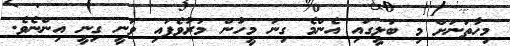
މިހާތަނަށް މި ބަލީގައި އެންމެ ގިނަ މީހުން މަރުވެފައި ވަނީ ގިނީ އިންނެވެ.